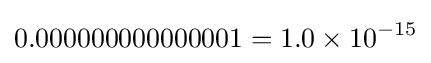
0.000000000000001=1.0\times 10^{-15}